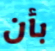
بأن